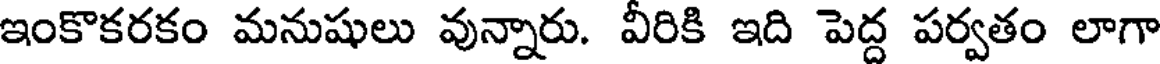
ఇంకొకరకం మనుషులు వున్నారు. వీరికి ఇది పెద్ద పర్వతం లాగా